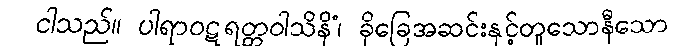
ငါသည်။ ပါရာဝဋရတ္တဝါသိနိံ၊ ခိုခြေအဆင်းနှင့်တူသောနီသော